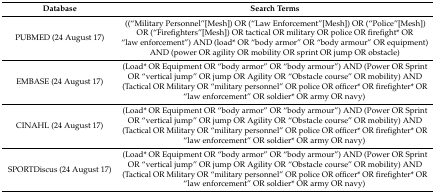
<table><thead><tr><td><b>Database</b></td><td><b>Search Terms</b></td></tr></thead><tbody><tr><td>PUBMED (24 August 17)</td><td>((“Military Personnel”[Mesh]) OR (“Law Enforcement”[Mesh]) OR (“Police”[Mesh]) OR (“Firefighters”[Mesh]) OR tactical OR military OR police OR firefight* OR “law enforcement”) AND (load* OR “body armor” OR “body armour” OR equipment) AND (power OR agility OR mobility OR sprint OR jump OR obstacle)</td></tr><tr><td>EMBASE (24 August 17)</td><td>(Load* OR Equipment OR “body armor” OR “body armour”) AND (Power OR Sprint OR “vertical jump” OR jump OR Agility OR “Obstacle course” OR mobility) AND (Tactical OR Military OR “military personnel” OR police OR officer* OR firefighter* OR “law enforcement” OR soldier* OR army OR navy)</td></tr><tr><td>CINAHL (24 August 17)</td><td>(Load* OR Equipment OR “body armor” OR “body armour”) AND (Power OR Sprint OR “vertical jump” OR jump OR Agility OR “Obstacle course” OR mobility) AND (Tactical OR Military OR “military personnel” OR police OR officer* OR firefighter* OR “law enforcement” OR soldier* OR army OR navy)</td></tr><tr><td>SPORTDiscus (24 August 17)</td><td>(Load* OR Equipment OR “body armor” OR “body armour”) AND (Power OR Sprint OR “vertical jump” OR jump OR Agility OR “Obstacle course” OR mobility) AND (Tactical OR Military OR “military personnel” OR police OR officer* OR firefighter* OR “law enforcement” OR soldier* OR army OR navy)</td></tr></tbody></table>